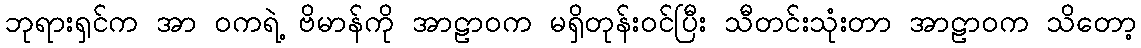
ဘုရားရှင်က အာ ဝကရဲ့ ဗိမာန်ကို အာဠာဝက မရှိတုန်းဝင်ပြီး သီတင်းသုံးတာ အာဠာဝက သိတော့